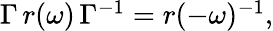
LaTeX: \begin{array}{r}{\Gamma\, r(\omega)\, \Gamma^{-1}=r(-\omega)^{-1},}\end{array}